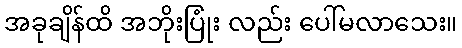
အခုချိန်ထိ အဘိုးပြုံး လည်း ပေါ်မလာသေး။